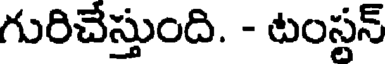
గురిచేస్తుంది. - టంస్లన్